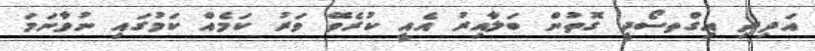
އަދިދި އިގްތސޯދީ ގޮތުން ބަލާއިރު އެއީ ކުރެވޭ ވަރު ކަމެއް ކަމުގައި ނުވާނަމަ